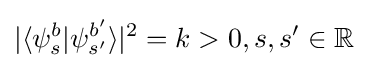
|\langle \psi _{s}^{b}|\psi _{s'}^{b'}\rangle |^{2}=k>0,s,s'\in \mathbb {R}